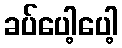
ခပ်ပေါ့ပေါ့